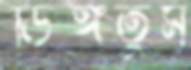
ডিঙ্গতুম